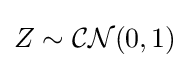
Z\sim {\mathcal {CN}}(0,1)